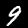
Label: 9